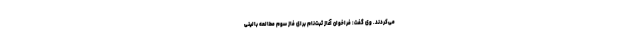
می‌کردند. وی گفت: فراخوان آغاز ثبت‌نام برای فاز سوم مطالعه بالینی